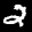
Label: 2